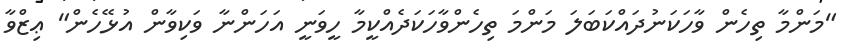
"މަންމާ ތިހެން ވާހަކަނުދައްކަބަލަ މަންމަ ތިހެންވާހަކަދެއްކީމާ ހީވަނީ އަހަންނާ ވަކިވާން އުޅޭހެން" ޢިޒްވާ